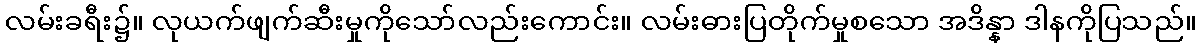
လမ်းခရီး၌။ လုယက်ဖျက်ဆီးမှုကိုသော်လည်းကောင်း။ လမ်းဓားပြတိုက်မှုစသော အဒိန္နာ ဒါနကိုပြသည်။